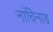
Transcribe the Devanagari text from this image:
नांचिनाड